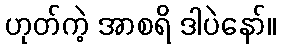
ဟုတ်ကဲ့ အာစရိ ဒါပဲနော်။